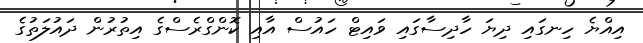
އިއްޔެ ހިނގައި ދިޔަ ހާދިސާގައި ވައިޓް ހައުސް އާއި ކޮންގްރެސްގެ އިތުރުން ދައުލަތުގެ